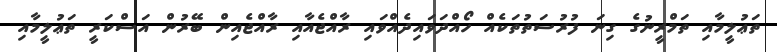
ތަޢުލީމާއި ތަމްރީނުގެ ގިނަ ފުރުސަތުތަކެއް ހޯއްދަވައިދެއްވައި ރާއްޖެއާއި ރާއްޖެއިން ބޭރުން އަސްކަރީ ތަޢުލީމާއި